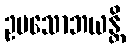
ဥပသောဘယန္တိ